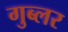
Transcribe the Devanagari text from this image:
गुब्लर